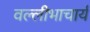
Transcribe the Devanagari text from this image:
वल्लीभाचार्य